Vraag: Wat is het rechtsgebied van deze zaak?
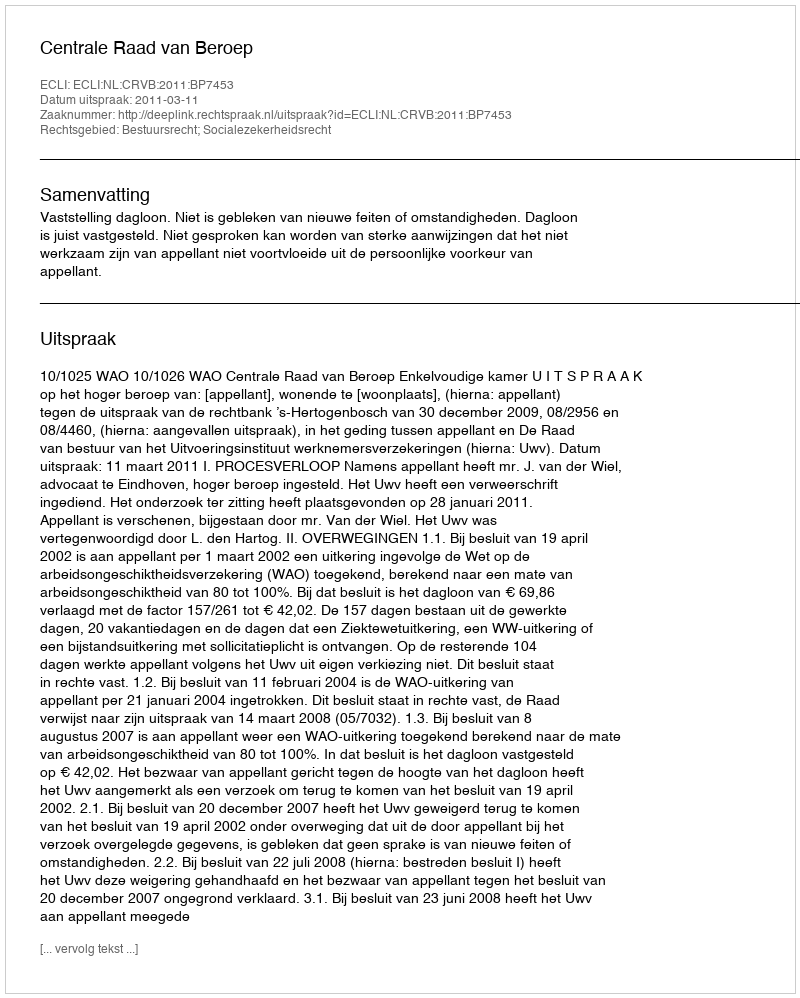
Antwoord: Bestuursrecht; Socialezekerheidsrecht